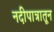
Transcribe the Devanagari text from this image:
नदीपात्रातून